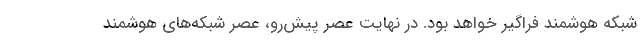
شبکه هوشمند فراگیر خواهد بود. در نهایت عصر پیش‌رو، عصر شبکه‌های هوشمند